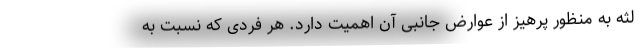
لثه به منظور پرهیز از عوارض جانبی آن اهمیت دارد. هر فردی که نسبت به